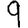
Digit: 9